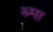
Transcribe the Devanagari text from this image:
श्र्मा